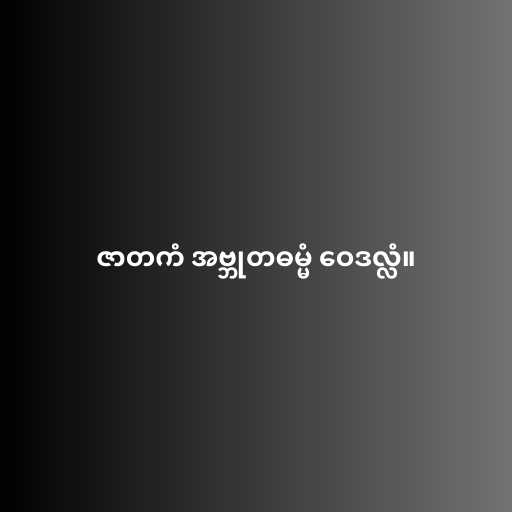
ဇာတကံ အဗ္ဘုတဓမ္မံ ဝေဒလ္လံ။